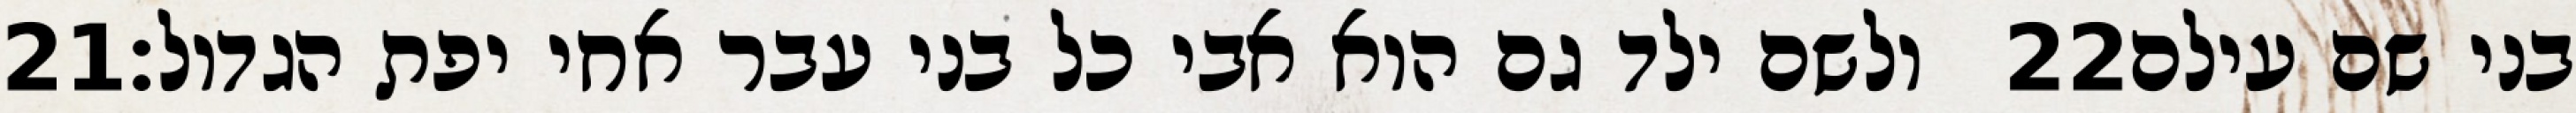
‎21‏ ולשם ילד גם הוא אבי כל בני עבר אחי יפת הגדול׃ ‎22‏ בני שם עילם